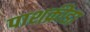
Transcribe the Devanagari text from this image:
पाशक्रीडा